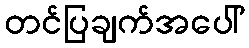
တင်ပြချက်အပေါ်